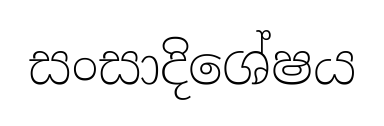
සංසාදිශේෂය